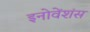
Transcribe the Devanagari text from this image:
इनोवेंशंस